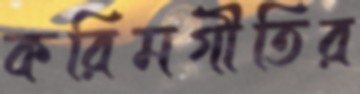
করিমগীতির